Regulations for the medical services of the Army of India
Year: 1930
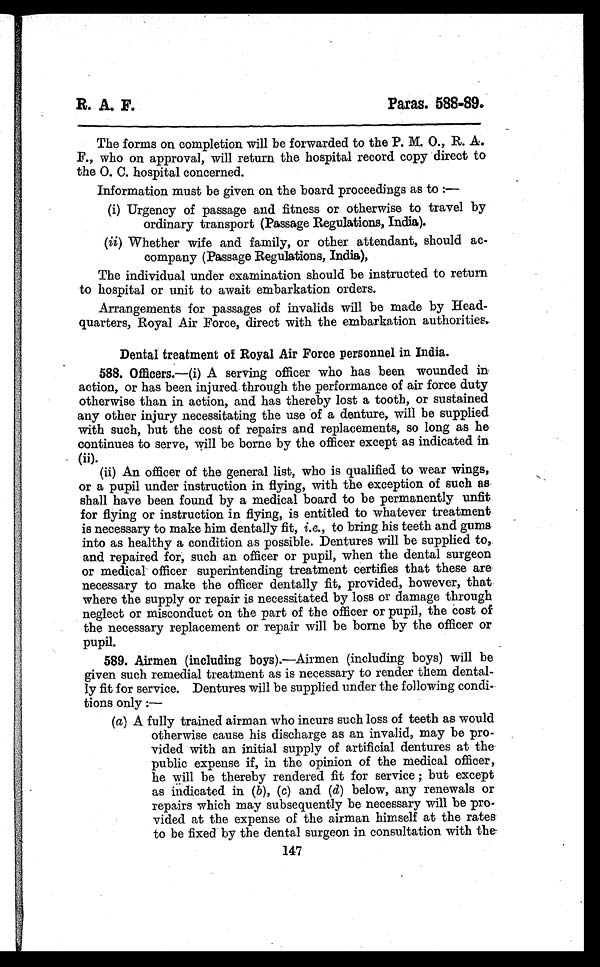
R. A. F.
Paras. 588-89.
The forms on completion will be forwarded to the P. M. O., R. A.
F., who on approval, will return the hospital record copy direct to
the O. C. hospital concerned.
Information must be given on the board proceedings as to :—
(i)Urgency of passage and fitness or otherwise to travel by
ordinary transport (Passage Regulations, India).
(ii)Whether wife and family, or other attendant, should ac-
company (Passage Regulations, India),
The individual under examination should be instructed to return
to hospital or unit to await embarkation orders.
Arrangements for passages of invalids will be made by Head-
quarters, Royal Air Force, direct with the embarkation authorities.
Dental treatment of Royal Air Force personnel in India.
588.Officers.—(i) A serving officer who has been wounded in
action, or has been injured through the performance of air force duty
otherwise than in action, and has thereby lost a tooth, or sustained
any other injury necessitating the use of a denture, will be supplied
with such, but the cost of repairs and replacements, so long as he
continues to serve, will be borne by the officer except as indicated in
(ii).
(ii) An officer of the general list, who is qualified to wear wings,
or a pupil under instruction in flying, with the exception of such as
shall have been found by a medical board to be permanently unfit
for flying or instruction in flying, is entitled to whatever treatment
is necessary to make him dentally fit, i. e., to bring his teeth and gums
into as healthy a condition as possible. Dentures will be supplied to,
and repaired for, such an officer or pupil, when the dental surgeon
or medical officer superintending treatment certifies that these are
necessary to make the officer dentally fit, provided, however, that
where the supply or repair is necessitated by loss or damage through
neglect or misconduct on the part of the officer or pupil, the cost of
the necessary replacement or repair will be borne by the officer or
pupil.
589.Airmen (including boys).—Airmen (including boys) will be
given such remedial treatment as is necessary to render them dental-
ly fit for service. Dentures will be supplied under the following condi-
tions only :
—
(a) A fully trained airman who incurs such loss of teeth as would
otherwise cause his discharge as an invalid, may be pro-
vided with an initial supply of artificial dentures at the
public expense if, in the opinion of the medical officer,
he will be thereby rendered fit for service ; but except
as indicated in (b), (c) and (d) below, any renewals or
repairs which may subsequently be necessary will be pro-
vided at the expense of the airman himself at the rates
to be fixed by the dental surgeon in consultation with the
147